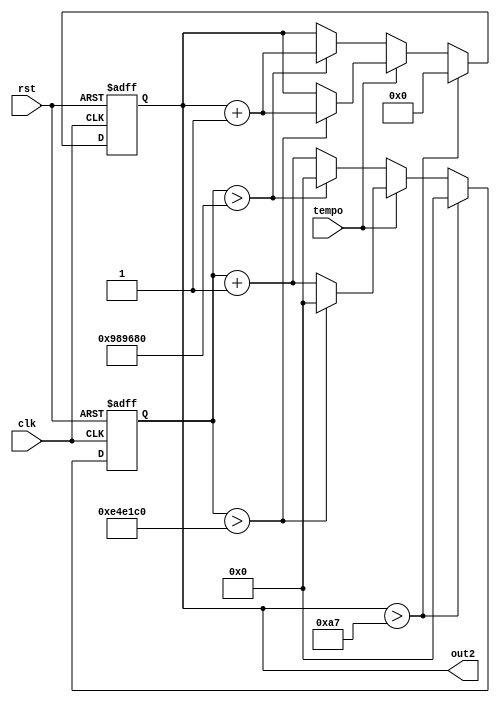
module counter_2(clk, rst, tempo, out2);

input clk, rst, tempo;

output reg [7:0]out2;
reg [25:0]clkcount2;

always @(posedge clk or negedge rst)
begin
	if(rst == 1'b0)
	begin
		out2 <= 9'd0;
		clkcount2 <= 26'd0;
	end
	else
		if(out2 > 9'd167)
		begin	
			out2 <= 9'd0;
			clkcount2 <= 26'd0;
		end
		else
		begin
			if(tempo == 1'b1)
			begin
				if(clkcount2 > 26'd15000000)
				begin
					clkcount2 <= 26'd0;
					out2 <= out2 + 1'b1;
				end
				else				
					clkcount2 <= clkcount2 + 1'b1;
			end
			else
			begin
				if(clkcount2 > 26'd10000000)
				begin
					clkcount2 <= 26'd0;
					out2 <= out2 + 1'b1;
				end
				else				
					clkcount2 <= clkcount2 + 1'b1;
			end
		end
	end
endmodule